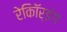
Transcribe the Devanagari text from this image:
रेकॉिर्डंग